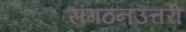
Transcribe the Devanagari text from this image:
संगठनउत्तरी